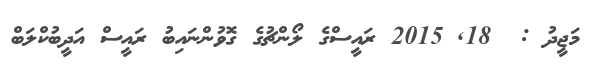
މަޖީދު :  18